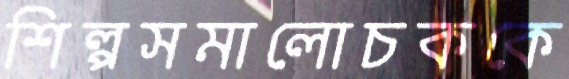
শিল্পসমালোচককে